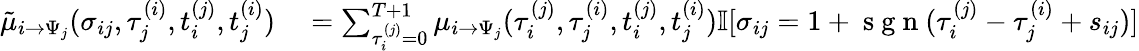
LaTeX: \begin{array}{r}{\begin{array}{rl}{\tilde{\mu}_{i\to\Psi_{j}}(\sigma_{ij},\tau_{j}^{(i)},t_{i}^{(j)},t_{j}^{(i)})}&{{}=\sum_{\tau_{i}^{(j)}=0}^{{T+1}}\mu_{i\to\Psi_{j}}(\tau_{i}^{(j)},\tau_{j}^{(i)},t_{i}^{(j)},t_{j}^{(i)})\mathbb{I}[\sigma_{ij}=1+\mathrm{~s~g~n~}(\tau_{i}^{(j)}-\tau_{j}^{(i)}+s_{ij})]}\end{array}}\end{array}